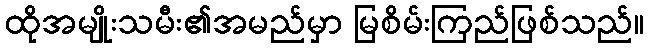
ထိုအမျိုးသမီး၏အမည်မှာ မြစိမ်းကြည်ဖြစ်သည်။